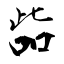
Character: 啙